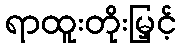
ရာထူးတိုးမြှင့်